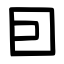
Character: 囙